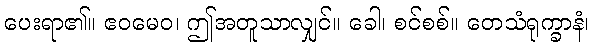
ပေးရာ၏။ ဧဝမေဝ၊ ဤအတူသာလျှင်။ ခေါ၊ စင်စစ်။ တေသံရုက္ခာနံ၊